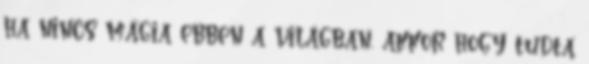
ha nincs mágia ebben a világban, akkor hogy tudta